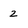
Character: 2